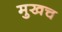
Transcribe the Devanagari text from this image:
मुखच